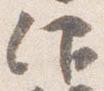
仰